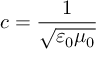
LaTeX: c = { \frac { 1 } { \sqrt { \varepsilon _ { 0 } \mu _ { 0 } } } }